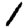
Digit: 1